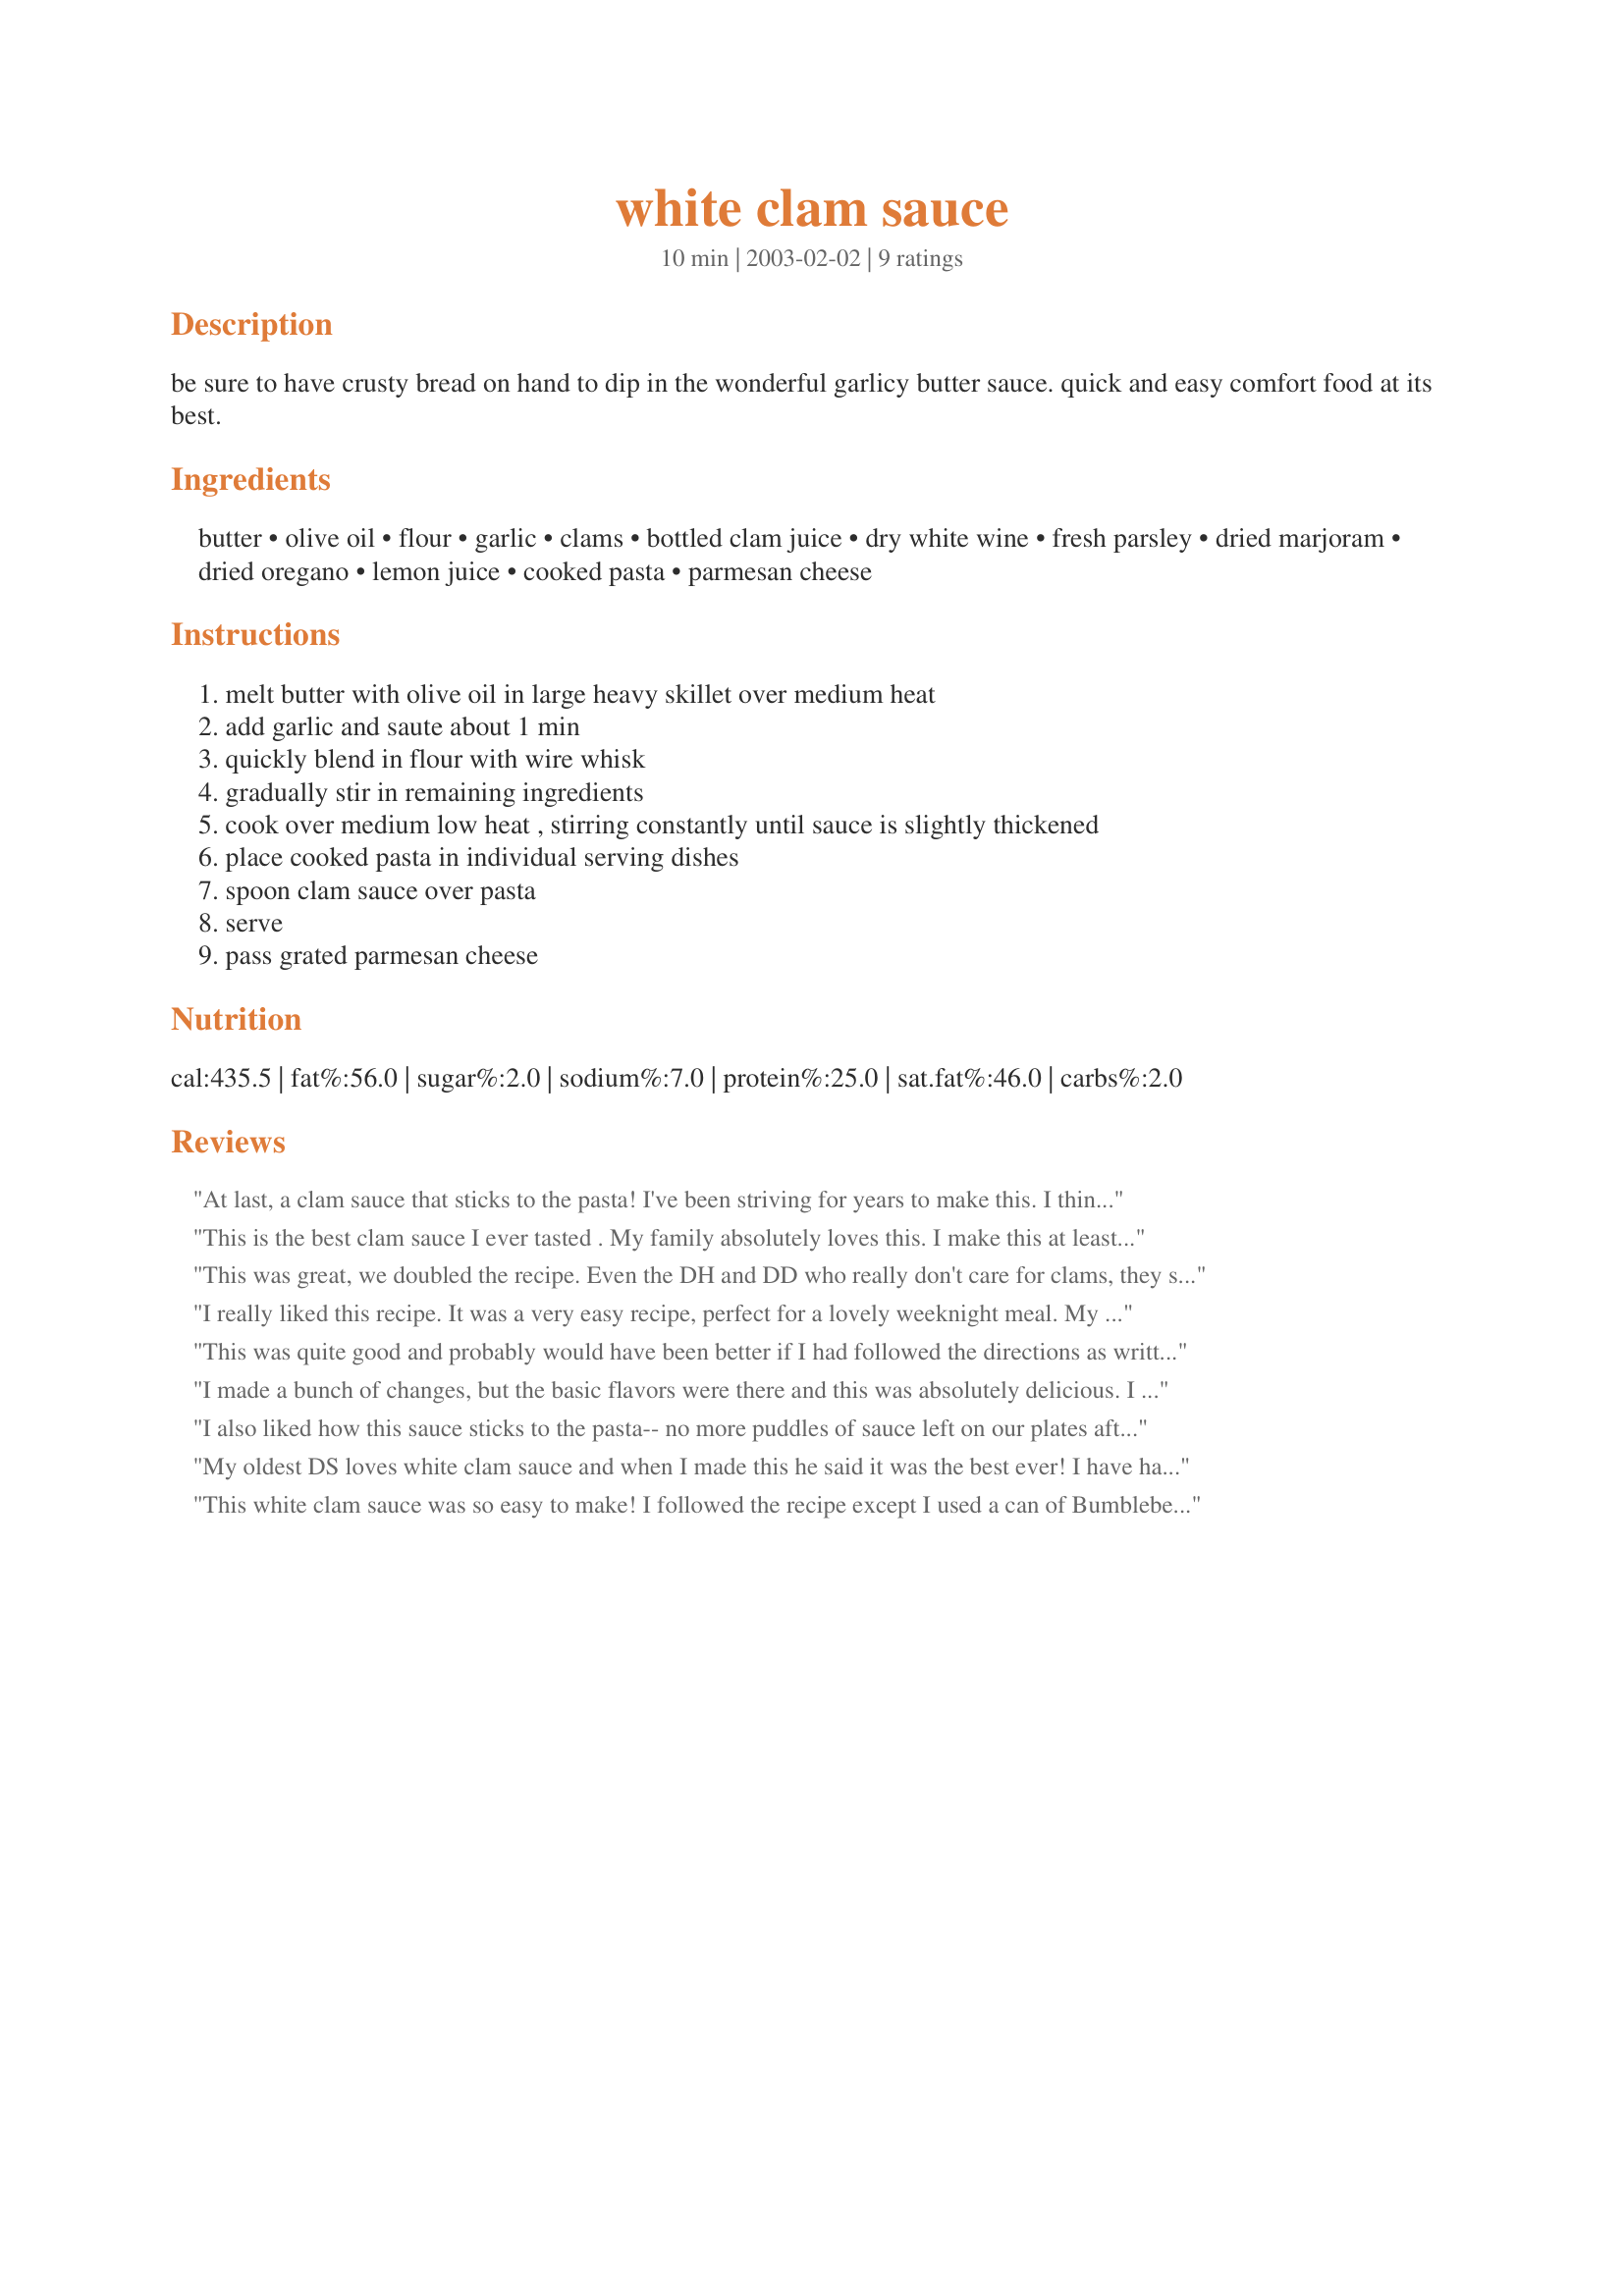
white clam sauce
Preparation time: 10 minutes

be sure to have crusty bread on hand to dip in the wonderful garlicy butter sauce. quick and easy comfort food at its best.

Ingredients:
butter, olive oil, flour, garlic, clams, bottled clam juice, dry white wine, fresh parsley, dried marjoram, dried oregano, lemon juice, cooked pasta, parmesan cheese

Steps:
melt butter with olive oil in large heavy skillet over medium heat
add garlic and saute about 1 min
quickly blend in flour with wire whisk
gradually stir in remaining ingredients
cook over medium low heat , stirring constantly until sauce is slightly thickened
place cooked pasta in individual serving dishes
spoon clam sauce over pasta
serve
pass grated parmesan cheese

Reviews:
At last, a clam sauce that sticks to the pasta! I've been striving for years to make this. I think I will increase the flour to 2 tbs. for a little thicker sauce.
This is the best clam sauce I ever tasted . My family absolutely loves this. I make this at least once a month. The only thing I did differently was use fresh oregano from my garden and ommited marjoram.
This was great, we doubled the recipe. Even the DH and DD who really don't care for clams, they still cleaned there plate. I LOVED IT!! Next time I might try add half and half, or cream to give it a creamy flavor.
I really liked this recipe. It was a very easy recipe, perfect for a lovely weeknight meal. My kids who are the BIG clam fans really enjoyed this. Thanks for a good meal!
This was quite good and probably would have been better if I had followed the directions as written (I added the flour before the garlic--don't do that! There won't be as much garlic flavor.). I didn't add additional clam juice--just the juice from the cans of clams--but added a bit of clam base for extra clam flavor.
I made a bunch of changes, but the basic flavors were there and this was absolutely delicious. I only used 2 T of olive oil, added two shallots, added an extra can of clams, used the juice from the canned clams, and left out the marjoram. Even with all of these changes, the sauce turned out wonderful and flavorful and it coated the pasta really well. Wonderful recipe.
I also liked how this sauce sticks to the pasta-- no more puddles of sauce left on our plates after the pasta is gone!! Very tasty.
My oldest DS loves white clam sauce and when I made this he said it was the best ever! I have had several recipes but none so easy and soooo... good!!! A real keeper in this house. Thanks! : )
This white clam sauce was so easy to make! I followed the recipe except I used a can of Bumblebee baby clams. I made the sauce ahead of time using the clam juice from the can. When it was time to eat, I added the clams and reheated. My family raved over it and would like to have this dish once a week.
